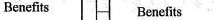
Benefits Benefits